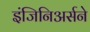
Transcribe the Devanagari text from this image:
इंजिनिअर्सने